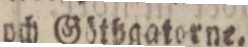
och Göthgatorne.